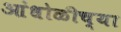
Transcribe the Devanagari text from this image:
आंधोळीच्या